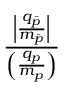
\frac { \left| { \frac { q _ { \bar { p } } } { m _ { \bar { p } } } } \right| } { \left( { \frac { q _ { p } } { m _ { p } } } \right) }